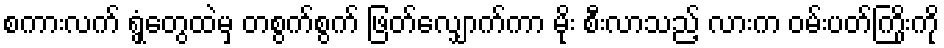
စကားလက် ရွှံ့တွေထဲမှ တစွက်စွက် ဖြတ်လျှောက်ကာ မိုး စီးလာသည့် လားက ဝမ်းပတ်ကြိုးကို